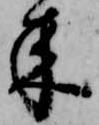
来